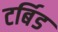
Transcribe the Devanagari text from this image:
टर्बिड